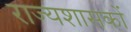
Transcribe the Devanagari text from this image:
राज्यशासकों